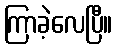
ကြာခဲ့လေပြီ။